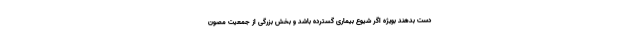
دست بدهند بویژه اگر شیوع بیماری گسترده باشد و بخش بزرگی از جمعیت مصون